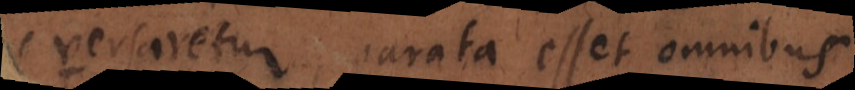
versaretur, parata esset omnibus